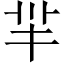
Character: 羋